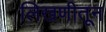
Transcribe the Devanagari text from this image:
लिखणीतून